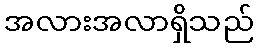
အလားအလာရှိသည်